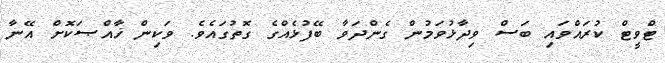
ޓްވީޓް ކުރައްވައި ބަސް ވިދާޅުވަމުން ގެންދަވާ ބޭފުޅެއްގެ ގޮތުގައެވެ. ވަކިން ޚާއްޞަކޮށް އޭނާ